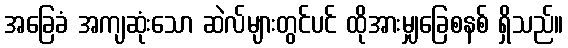
အခြေခံ အကျဆုံးသော ဆဲလ်များတွင်ပင် ထိုအားမျှခြေစနစ် ရှိသည်။